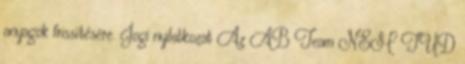
anyagok frissítésére. Jogi nyilatkozat Az AB Team NEM TUD